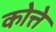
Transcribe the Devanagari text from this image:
कोत्ते